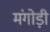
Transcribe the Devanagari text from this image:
मंगोड़ी